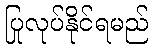
ပြုလုပ်နိုင်ရမည်